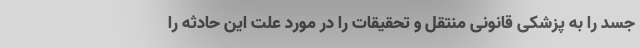
جسد را به پزشکی قانونی منتقل و تحقیقات را در مورد علت این حادثه را